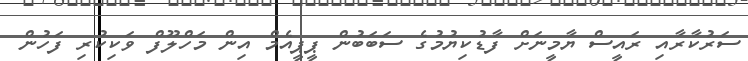
ސަރުކާރާއި ރައީސް ޔާމީނަށް ފާޑުކިޔުމުގެ ސަބަބުން ޕީޕީއެމް އިން މަހްލޫފް ވަކިކުރި ފަހުން